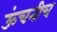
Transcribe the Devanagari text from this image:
ऊंचनीच